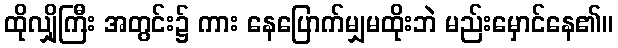
ထိုလျှိုကြီး အတွင်း၌ ကား နေပြောက်မျှမထိုးဘဲ မည်းမှောင်နေ၏။